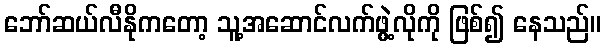
ဘော်ဆယ်လီနိုကတော့ သူ့အဆောင်လက်ဖွဲ့လိုကို ဖြစ်၍ နေသည်။